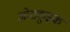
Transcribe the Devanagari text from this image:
ओराकुइक